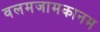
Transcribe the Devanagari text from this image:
वलमजामकानम